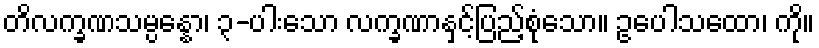
တိလက္ခဏသမ္ပန္နော၊ ၃-ပါးသော လက္ခဏာနှင့်ပြည့်စုံသော။ ဥပေါသထော၊ ကို။